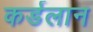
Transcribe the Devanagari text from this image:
कर्डलान